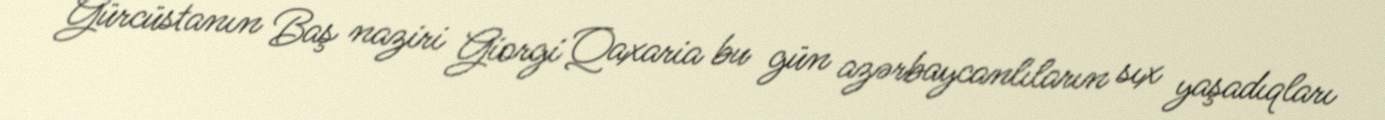
Gürcüstanın Baş naziri Giorgi Qaxaria bu gün azərbaycanlıların sıx yaşadıqları